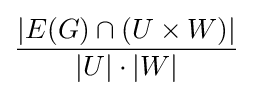
{\frac {|E(G)\cap (U\times W)|}{|U|\cdot |W|}}